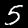
Digit: 5